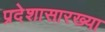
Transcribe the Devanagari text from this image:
प्रदेशासारख्या